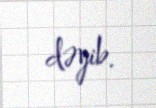
dəyib.